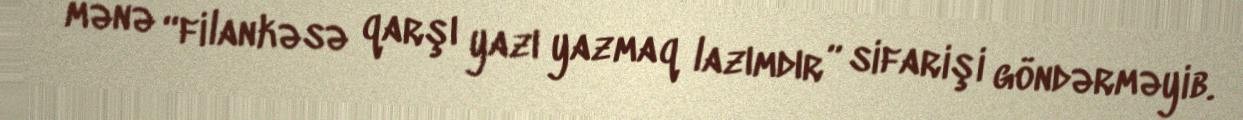
mənə “filankəsə qarşı yazı yazmaq lazımdır” sifarişi göndərməyib.